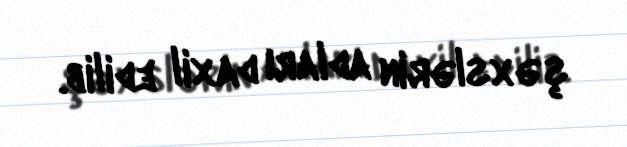
şəxslərin adları daxil edilib.